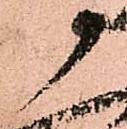
尉